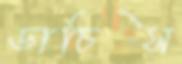
ডাচিস